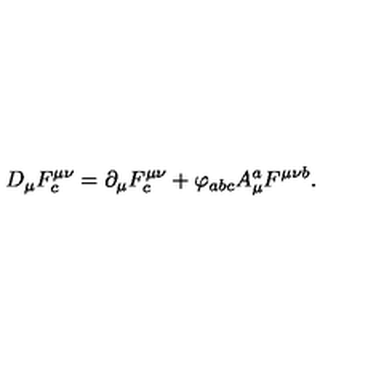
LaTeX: D _ { \mu } F _ { c } ^ { \mu \nu } = \partial _ { \mu } F _ { c } ^ { \mu \nu } + \varphi _ { a b c } A _ { \mu } ^ { a } F ^ { \mu \nu b } .